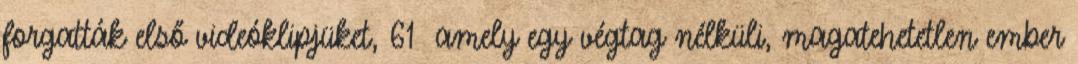
forgatták első videóklipjüket, 61 amely egy végtag nélküli, magatehetetlen ember